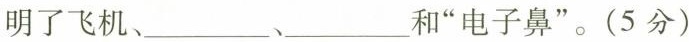
明了飞机、___、___和”电子鼻”。(5分)